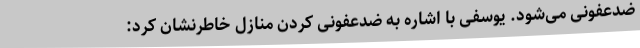
ضدعفونی می‌شود. یوسفی با اشاره به ضدعفونی کردن منازل خاطرنشان کرد:‌